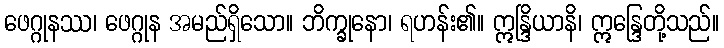
ဖေဂ္ဂုနဿ၊ ဖေဂ္ဂုန အမည်ရှိသော။ ဘိက္ခုနော၊ ရဟန်း၏။ ဣန္ဒြိယာနိ၊ ဣန္ဒြေတို့သည်။